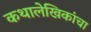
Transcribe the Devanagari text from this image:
कथालेखिकांचा